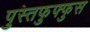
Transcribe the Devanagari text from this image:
पुस्तफुफ्फुस